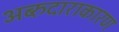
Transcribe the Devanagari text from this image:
अब्‍रुदाराकारण